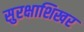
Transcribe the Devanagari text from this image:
सुरक्षाशिखर